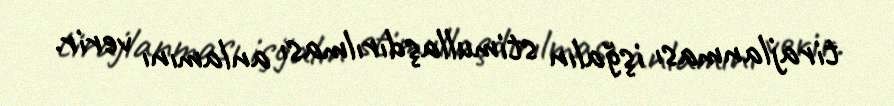
tirajlanması işğalın stimullaşdırılması anlamını verir.